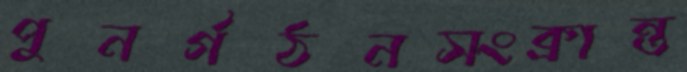
পুনর্গঠনসংক্রান্ত